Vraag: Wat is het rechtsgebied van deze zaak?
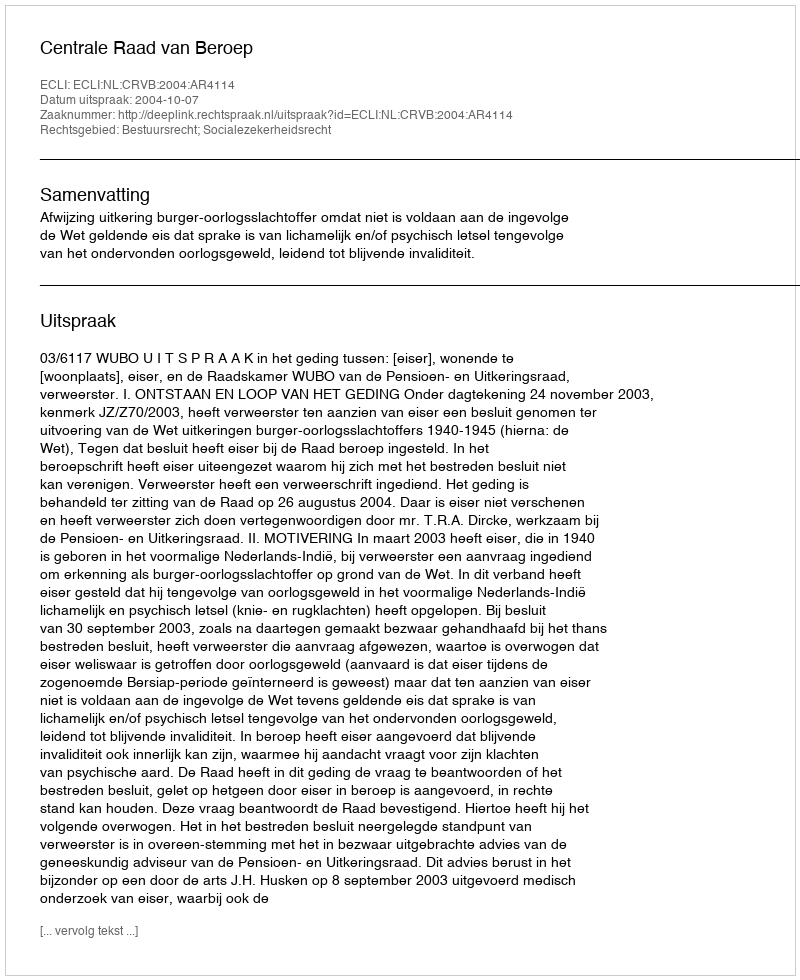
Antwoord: Bestuursrecht; Socialezekerheidsrecht